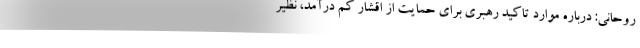
روحانی: درباره موارد تاکید رهبری برای حمایت از اقشار کم درآمد، نظیر